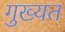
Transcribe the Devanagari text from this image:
गुख्यत